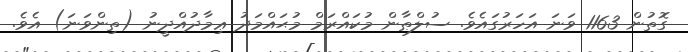
ގޮތުން 1163 ވަނަ އަހަރުގައެވެ. ސުލްޠާން މުކައްރަމް މުޙައްމަދު ޢިމާދުއްދީނު (ތިންވަނަ) އެވެ.